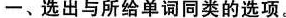
一、选出与所给单词同类的选项。